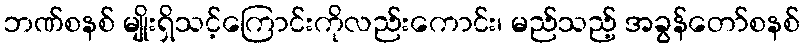
ဘဏ်စနစ် မျိုးရှိသင့်ကြောင်းကိုလည်းကောင်း၊ မည်သည့် အခွန်တော်စနစ်